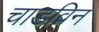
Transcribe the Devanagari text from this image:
चाडविन